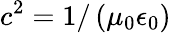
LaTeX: c^{2}=1/\left(\mu_{0}\epsilon_{0}\right)